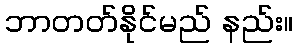
ဘာတတ်နိုင်မည် နည်း။